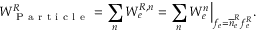
W _ { \mathrm { ~ P ~ a ~ r ~ t ~ i ~ c ~ l ~ e ~ } } ^ { R } = \sum _ { n } W _ { e } ^ { R , n } = \sum _ { n } W _ { e } ^ { n } \Big | _ { f _ { e } = \overline { n } _ { e } ^ { R } f _ { e } ^ { R } } .